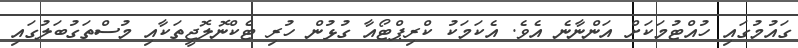
ގައުމުގައި ހުއްޓުމަކަށް އަންނާނެ އެވެ. އެކަމަކު ކްރިޕްޓޯއާ ގުޅުން ހުރި ޓެކްނޮލޮޖީތަކާއި މުސްތަގުބަލުގައި